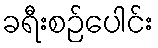
ခရီးစဉ်ပေါင်း